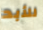
للأبد